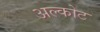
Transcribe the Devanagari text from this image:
अल्कोट